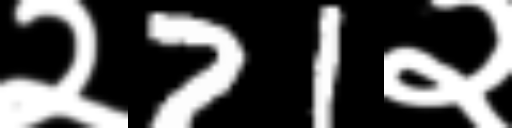
Text: २71२